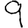
Digit: 9